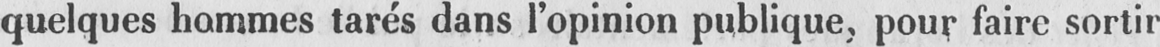
quelques hommes tarés dans l’opinion publique, pour faire sortir